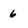
Character: 6